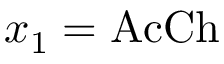
x _ { 1 } = \mathrm { A c C h }